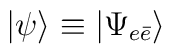
|\psi\rangle \equiv |\Psi_{e\bar e}\rangle